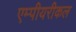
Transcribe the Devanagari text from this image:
एम्पीयरीकल